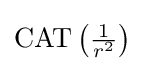
{\textstyle \operatorname {CAT} \left({\frac {1}{r^{2}}}\right)}